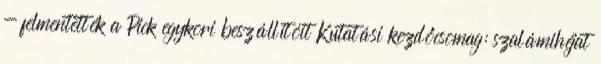
- felmentették a Pick egykori beszállítóit Kutatási kezdőcsomag: szalámihéjat